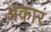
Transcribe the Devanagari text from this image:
अकारं